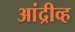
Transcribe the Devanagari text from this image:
आंद्रीव्ह